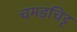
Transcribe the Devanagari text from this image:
चमड़चिट्ट